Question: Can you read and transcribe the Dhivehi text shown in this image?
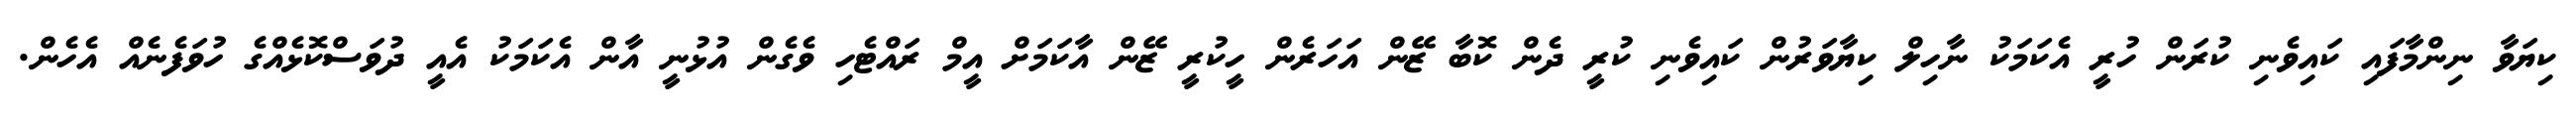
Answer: ކިޔަވާ ނިންމާފައި ކައިވެނި ކުރަން ހުރީ އެކަމަކު ނާހިލް ކިޔާވަރުން ކައިވެނި ކުރީ ދެން ކޮބާ ޒޭން އަހަރެން ހީކުރީ ޒޭން އާކަމަށް އީމް ރައްޓެހި ވެގެން އުޅުނީ އާން އެކަމަކު އެއީ ދުވަސްކޮޅެއްގެ ހުވަފެނެއް އެހެން.